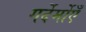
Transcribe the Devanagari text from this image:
गर्देर्मोएँ